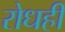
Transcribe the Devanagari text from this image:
रोधही